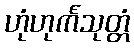
ဟုံဟုင်္ကသုတ္တံ